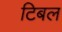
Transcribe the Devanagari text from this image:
टिबल